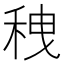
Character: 䄿